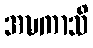
အဍ္ဎကာသိ